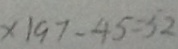
x \vert 9 7 - 4 5 = 5 2